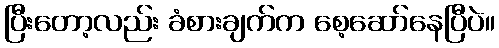
ပြီးတော့လည်း ခံစားချက်က စေ့ဆော်နေပြီပဲ။